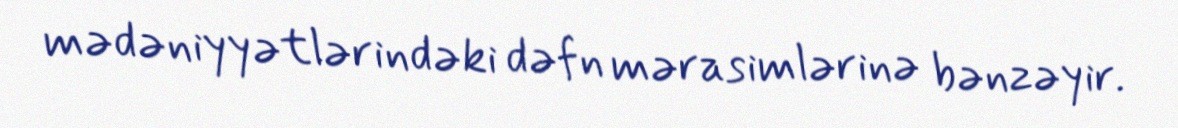
mədəniyyətlərindəki dəfn mərasimlərinə bənzəyir.